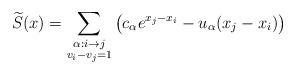
LaTeX: \begin{align*}\widetilde{S}(x)=\sum_{\substack{\alpha:i\to j \\ v_i-v_j=1}}\left(c_\alpha e^{x_j-x_i}-u_\alpha(x_j-x_i)\right)\end{align*}